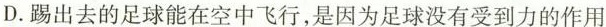
D.踢出去的足球能在空中飞行，是因为足球没有受到力的作用